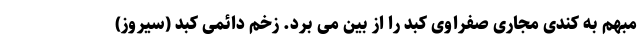
مبهم به کندی مجاری صفراوی کبد را از بین می برد. زخم دائمی کبد (سیروز)